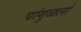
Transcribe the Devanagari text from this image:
पांगुळलां